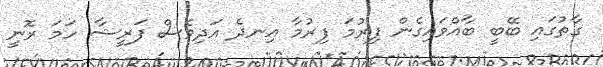
ގާތުގައި ބޭބީ ބާއްވައިގެން ފިރުމަ ފިރުމާ އިނދެ އަދިވެސް ފަރީޝާ ހަމަ ރޮނީ